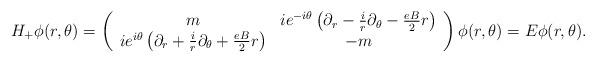
LaTeX: \begin{align*}H_{+} \phi(r,\theta)= \left(\begin{array}{cc} m & ie^{- i\theta}\left(\partial_{r}-\frac{i}{r}\partial_{\theta}-\frac{eB}{2}r\right)\\ ie^{i\theta}\left(\partial_{r}+\frac{i}{r}\partial_{\theta}+\frac{eB}{2}r\right)& -m\end{array}\right)\phi(r,\theta)=E\phi(r,\theta).\end{align*}